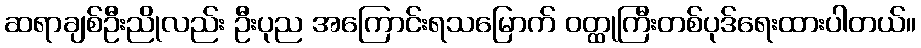
ဆရာချစ်ဦးညိုလည်း ဦးပုည အကြောင်းရသမြောက် ဝတ္ထုကြီးတစ်ပုဒ်ရေးထားပါတယ်။